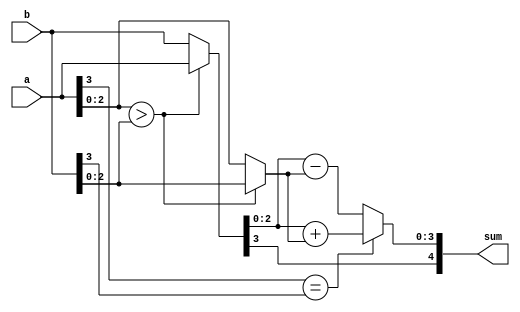
module sign_mag_add #(parameter N =4 )(
    input wire[N-1:0] a,b,
    output reg[N:0] sum
    
);
reg [N-1:0] min,max;
reg [N-1:0] sum1;
always @ *
begin
    if(a[N-2:0]>b[N-2:0])
        begin
            min=b;
            max =a;
        end
    else
        begin
            min =a;
            max=b;
        end
    if(a[N-1] ==b[N-1])
        begin
          
        
        sum1=max[N-2:0]+min[N-2:0];
        end
        
    else
        begin
        sum1=max[N-2:0]-min[N-2:0];
        end
    sum ={max[N-1],sum1};
    

end 
endmodule
// VIP dont do this again spirit the variables first 
//dont play with the wires as in arrays very complicated